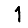
Digit: 1